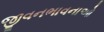
જીવનભાવનાઓ